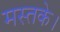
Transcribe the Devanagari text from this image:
मस्तके।